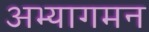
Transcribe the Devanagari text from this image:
अभ्यागमन